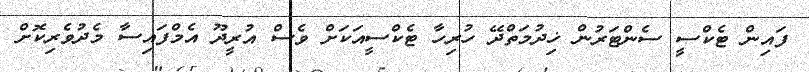
ފައިން ޓެކްސީ ސެންޓަރުން ޚިދުމަތްދޭ ހުރިހާ ޓެކްސީއަކަށް ވެސް އުރީދޫ އެމްފައިސާ މެދުވެރިކޮށް